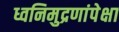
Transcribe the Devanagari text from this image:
ध्वनिमुद्रणांपेक्षा